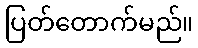
ပြတ်တောက်မည်။